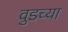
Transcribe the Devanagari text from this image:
वुडच्या